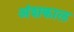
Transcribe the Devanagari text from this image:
अंशकाल